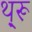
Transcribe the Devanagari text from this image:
थ़्रू